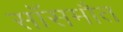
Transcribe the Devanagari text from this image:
साँसमौत